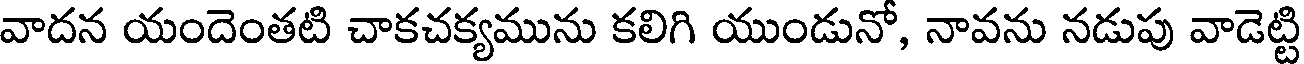
వాదన యందెంతటి చాకచక్యమును కలిగి యుండునో, నావను నడుపు వాడెట్టి